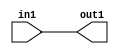
`timescale 1ps / 1ps

// Generated by Cadence Genus(TM) Synthesis Solution 17.11-s014_1
// Generated on: May  1 2021 01:05:37 CST (Apr 30 2021 17:05:37 UTC)

module SobelFilter_Add_3U_10_4(in1, out1);
  input [2:0] in1;
  output [2:0] out1;
  wire [2:0] in1;
  wire [2:0] out1;
  assign out1[0] = in1[0];
  assign out1[1] = in1[1];
  assign out1[2] = in1[2];
endmodule